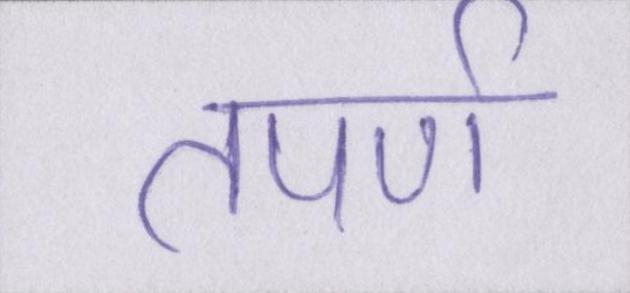
तपर्ण